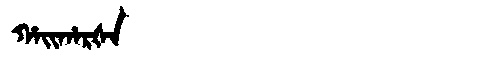
Manchu: ᡥᠠᡳᡥᠠᡵᡧᠠ
Romanization: HAIHARŠA